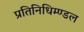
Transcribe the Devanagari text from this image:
प्रतिनिधिम्ण्डल